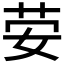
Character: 𰌀